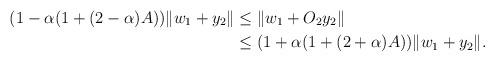
LaTeX: \begin{align*}(1-\alpha(1+(2-\alpha)A))\|w_1+y_2\|&\le \|w_1+O_2y_2\|\\&\le (1+\alpha(1+(2+\alpha)A))\|w_1+y_2\|.\end{align*}